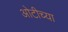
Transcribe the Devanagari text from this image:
ओटीच्या